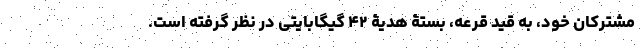
مشترکان خود، به قید قرعه، بستۀ هدیۀ ۴۲ گیگابایتی در نظر گرفته است.